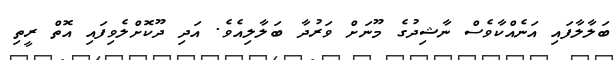
ބަލާލާފައި އަނެއްކާވެސް ނާޝިދުގެ މޫނަށް ވަރުދާ ބަލާލިއެވެ. އަދި ދޫކޮށްލެވިފައި އޮތް ރީތި